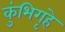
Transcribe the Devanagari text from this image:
कुंभिगृहे